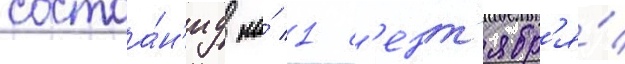
состоа́н'иу на́ 1 с'ент'ябр'я́